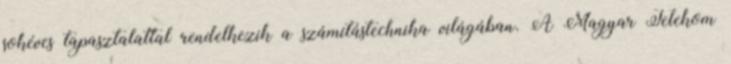
sokéves tapasztalattal rendelkezik a számítástechnika világában. A Magyar Telekom